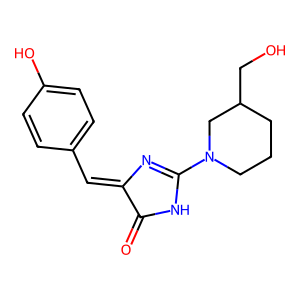
SMILES: O=C1NC(N2CCCC(CO)C2)=NC1=Cc1ccc(O)cc1
Inhibits HIV replication: No